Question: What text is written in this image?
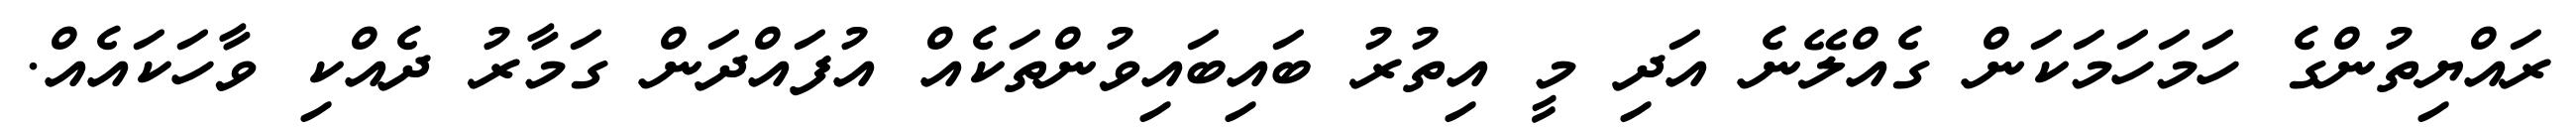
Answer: ރައްޔިތުންގެ ހަމަހަމަކަން ގެއްލޭނެ އަދި މީ އިތުރު ބައިބައިވުންތަކެއް އުފައްދަން ގަމާރު ދެއްކި ވާހަކައެއް.